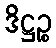
ဒိဋ္ဌဉ္စ